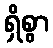
ရှိစွာ